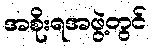
အစိုးရအဖွဲ့တွင်